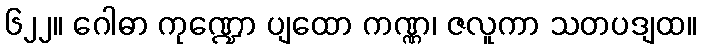
၆၂၂။ ဂေါဓာ ကုဏ္ဍော ပျထော ကဏ္ဏ၊ ဇလူကာ သတပဒျထ။